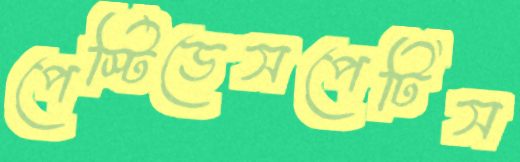
পেস্টিডেসপেটিস